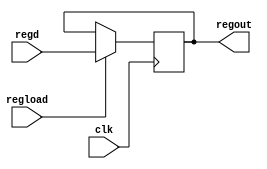
module regi(regd, regload, regout, clk);
input [21:0] regd;
input regload;
output reg [21:0] regout;
input clk;

always@(posedge clk)
begin
if(regload)
    begin
    regout=regd;
    end
else
    begin
    regout=regout;
    end
end
endmodule